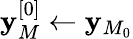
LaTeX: \mathbf{y}_{M}^{[0]}\leftarrow\mathbf{y}_{M_{0}}